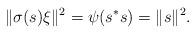
LaTeX: \begin{align*}\|\sigma(s)\xi\|^2=\psi(s^*s)=\|s\|^2.\end{align*}